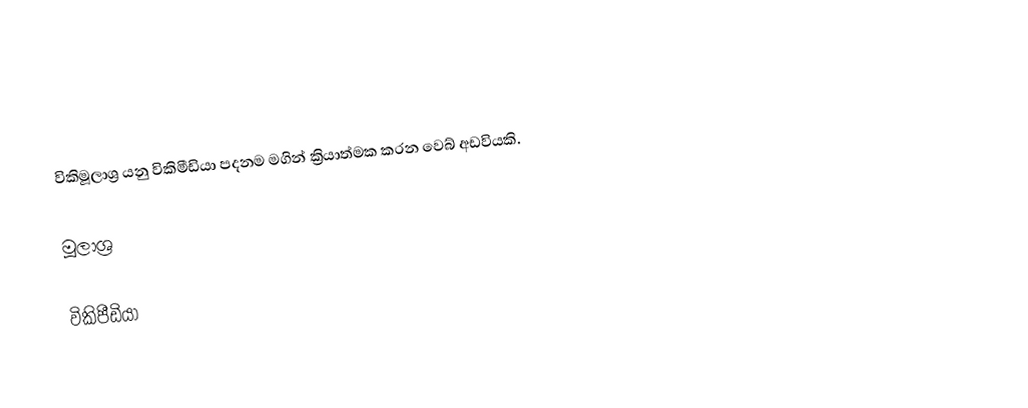
විකිමූලාශ්‍ර යනු විකිමීඩියා පදනම මගින් ක්‍රියාත්මක කරන වෙබ් අඩවියකි.

මූලාශ්‍ර

විකිපීඩියා